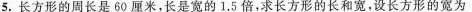
5.长方形的周长是60厘米，长是宽的1.5倍，求长方形的长和宽，设长方形的宽为